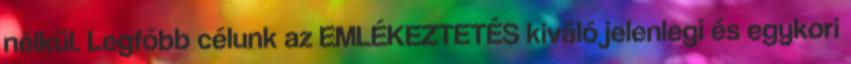
nélkül. Legfőbb célunk az EMLÉKEZTETÉS kiváló jelenlegi és egykori